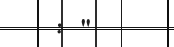
: "